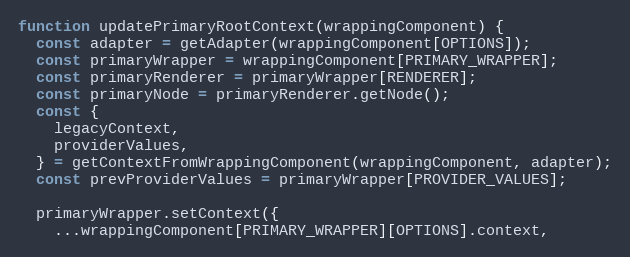
Language: JavaScript
function updatePrimaryRootContext(wrappingComponent) {
  const adapter = getAdapter(wrappingComponent[OPTIONS]);
  const primaryWrapper = wrappingComponent[PRIMARY_WRAPPER];
  const primaryRenderer = primaryWrapper[RENDERER];
  const primaryNode = primaryRenderer.getNode();
  const {
    legacyContext,
    providerValues,
  } = getContextFromWrappingComponent(wrappingComponent, adapter);
  const prevProviderValues = primaryWrapper[PROVIDER_VALUES];

  primaryWrapper.setContext({
    ...wrappingComponent[PRIMARY_WRAPPER][OPTIONS].context,